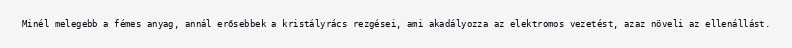
Minél melegebb a fémes anyag, annál erősebbek a kristályrács rezgései, ami akadályozza az elektromos vezetést, azaz növeli az ellenállást.